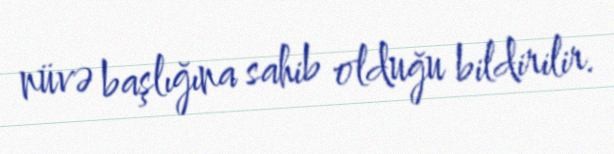
nüvə başlığına sahib olduğu bildirilir.